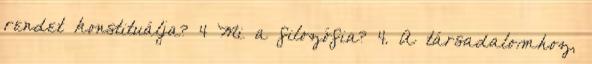
rendet konstituálja? 4 Mi a filozófia? 4. A társadalomhoz,